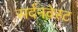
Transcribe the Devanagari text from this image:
सर्दनवेस्ट